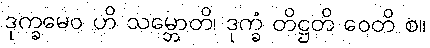
ဒုက္ခမေဝ ဟိ သမ္ဘောတိ၊ ဒုက္ခံ တိဋ္ဌတိ ဝေတိ စ။